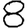
Digit: 8